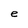
Character: e